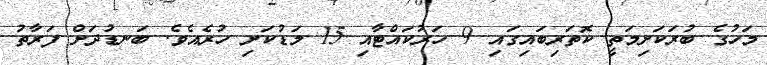
މަހުގެ ބުރަކަށިމަތީ ކޮތަރިބައިގައި 9 ހަރުކައްޓާއި 15 މަޑުކަށި ހުރެއެވެ. ބަނޑުދަށް ފަރާތު